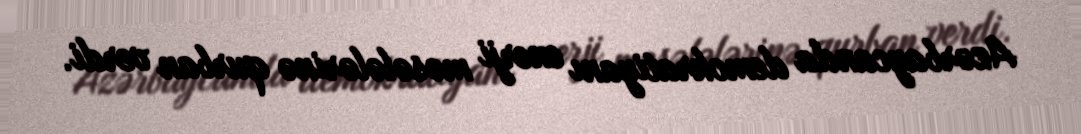
Azərbaycanda demokratiyanı enerji məsələlərinə qurban verdi.